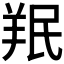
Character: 𫅒